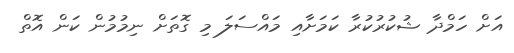
އަށް ހަމްދާ ޝުކުރުކުރާ ކަމަށާއި މައްސަލަ މި ގޮތަށް ނިމުމުން ކަން އޮތް